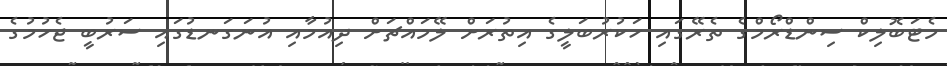
މެޓަބޮލިކް ސިންޑްރޯމްގެ ތެރޭގައި ހަކުރުބަލީގެ އިތުރަށް ލޭމައްޗަށް ދިއުމާއި އުނަގަނޑުގައި ސަރުބީ ޖެހުމުގެ